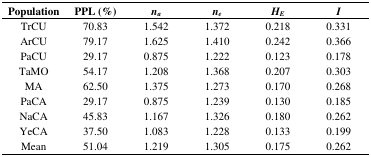
<table><thead><tr><td><b>Population</b></td><td><b>PPL (%)</b></td><td><b><i>n</i><i><sub>a</sub></i></b></td><td><b><i>n</i><i><sub>e</sub></i></b></td><td><b><i>H</i><i><sub>E</sub></i></b></td><td><b><i>I</i></b></td></tr></thead><tbody><tr><td>TrCU</td><td>70.83</td><td>1.542</td><td>1.372</td><td>0.218</td><td>0.331</td></tr><tr><td>ArCU</td><td>79.17</td><td>1.625</td><td>1.410</td><td>0.242</td><td>0.366</td></tr><tr><td>PaCU</td><td>29.17</td><td>0.875</td><td>1.222</td><td>0.123</td><td>0.178</td></tr><tr><td>TaMO</td><td>54.17</td><td>1.208</td><td>1.368</td><td>0.207</td><td>0.303</td></tr><tr><td>MA</td><td>62.50</td><td>1.375</td><td>1.273</td><td>0.170</td><td>0.268</td></tr><tr><td>PaCA</td><td>29.17</td><td>0.875</td><td>1.239</td><td>0.130</td><td>0.185</td></tr><tr><td>NaCA</td><td>45.83</td><td>1.167</td><td>1.326</td><td>0.180</td><td>0.262</td></tr><tr><td>YeCA</td><td>37.50</td><td>1.083</td><td>1.228</td><td>0.133</td><td>0.199</td></tr><tr><td>Mean</td><td>51.04</td><td>1.219</td><td>1.305</td><td>0.175</td><td>0.262</td></tr></tbody></table>